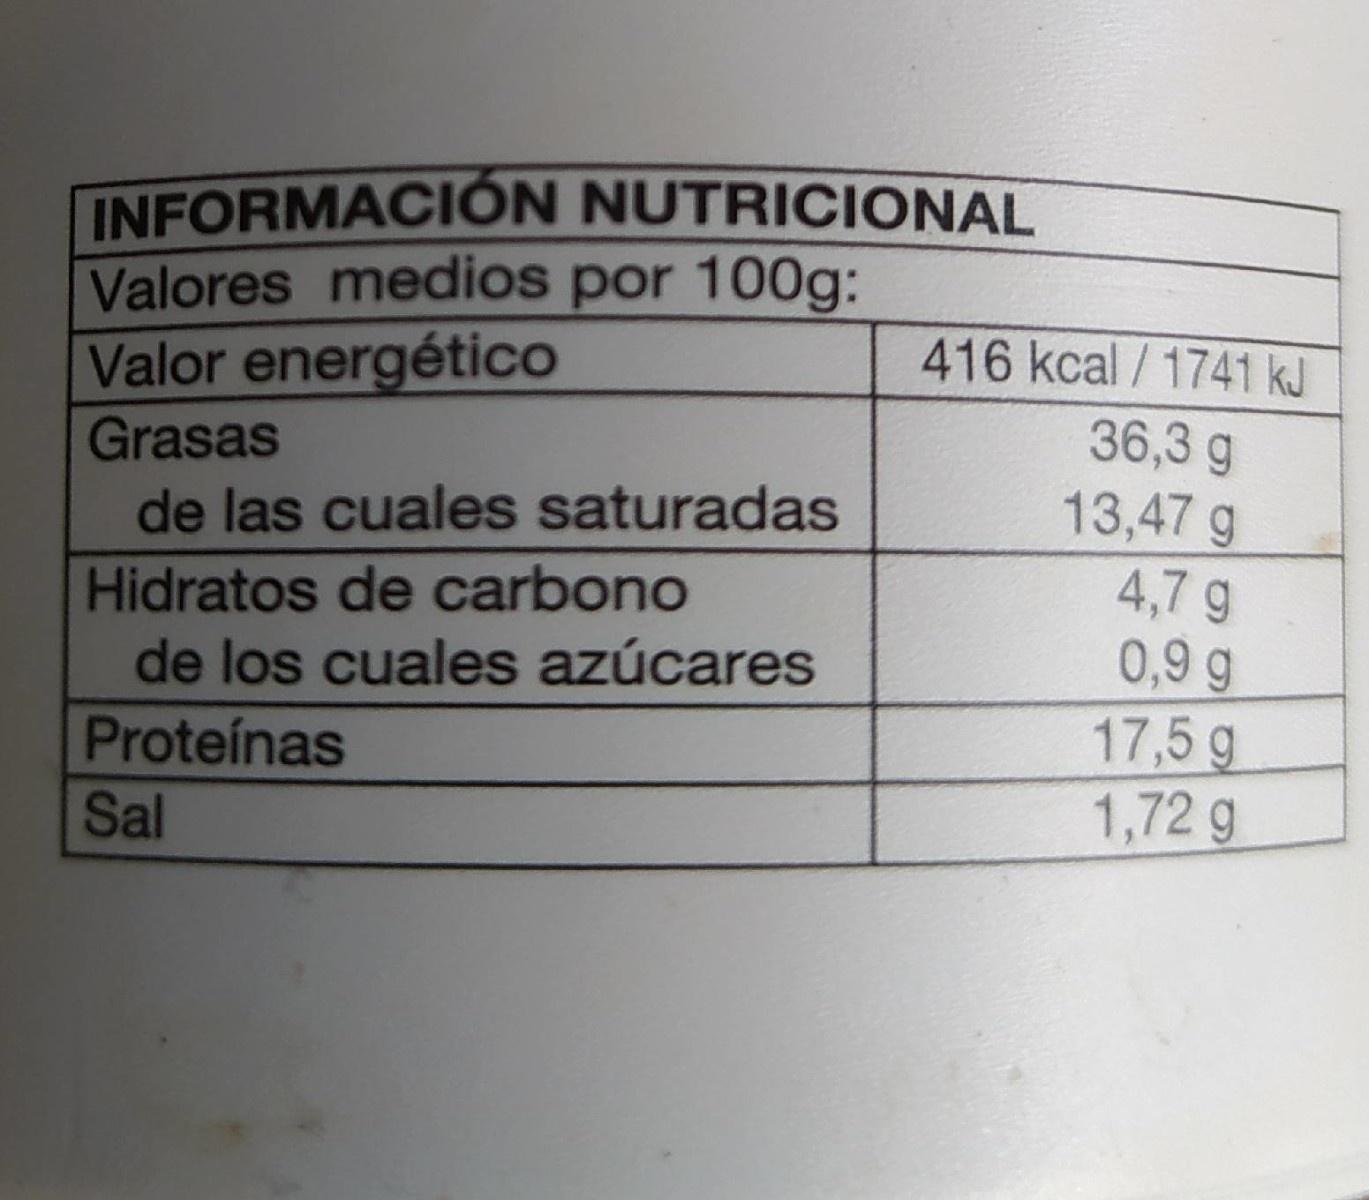
INFORMACIÓN NUTRICIONAL Valores medios por 100g: Valor energético
416 kcal/1741 kJ
36,3 g 13,47 g 4,7 g
Grasas
de las cuales saturadas Hidratos de carbono
0,9 g 17,5 g 1,72 g
de los cuales azúcares
Proteínas
Sal